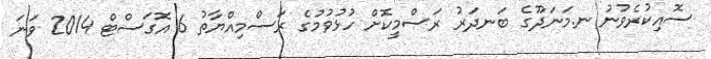
ސޮއިކުރެވުނު ނ.މަނަދޫގެ ބަނދަރު ރަސްމީކޮށް ހުޅުވުމުގެ ރަސްމިއްޔާތު 6 އޮގަސްޓް 2014 ވަނަ